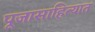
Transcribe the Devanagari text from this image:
पूजासाहित्यात